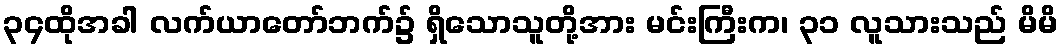
၃၄ထိုအခါ လက်ယာတော်ဘက်၌ ရှိသောသူတို့အား မင်းကြီးက၊ ၃၁ လူသားသည် မိမိ